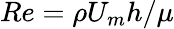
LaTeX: Re=\rho U_{m}h/\mu